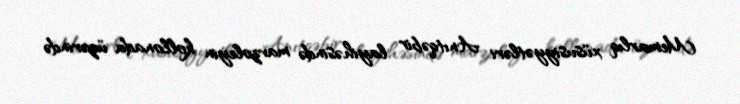
Memarlıq xüsusiyyətləri Anıtqəbir layihəsində mavzoleyin kollonada üzərində